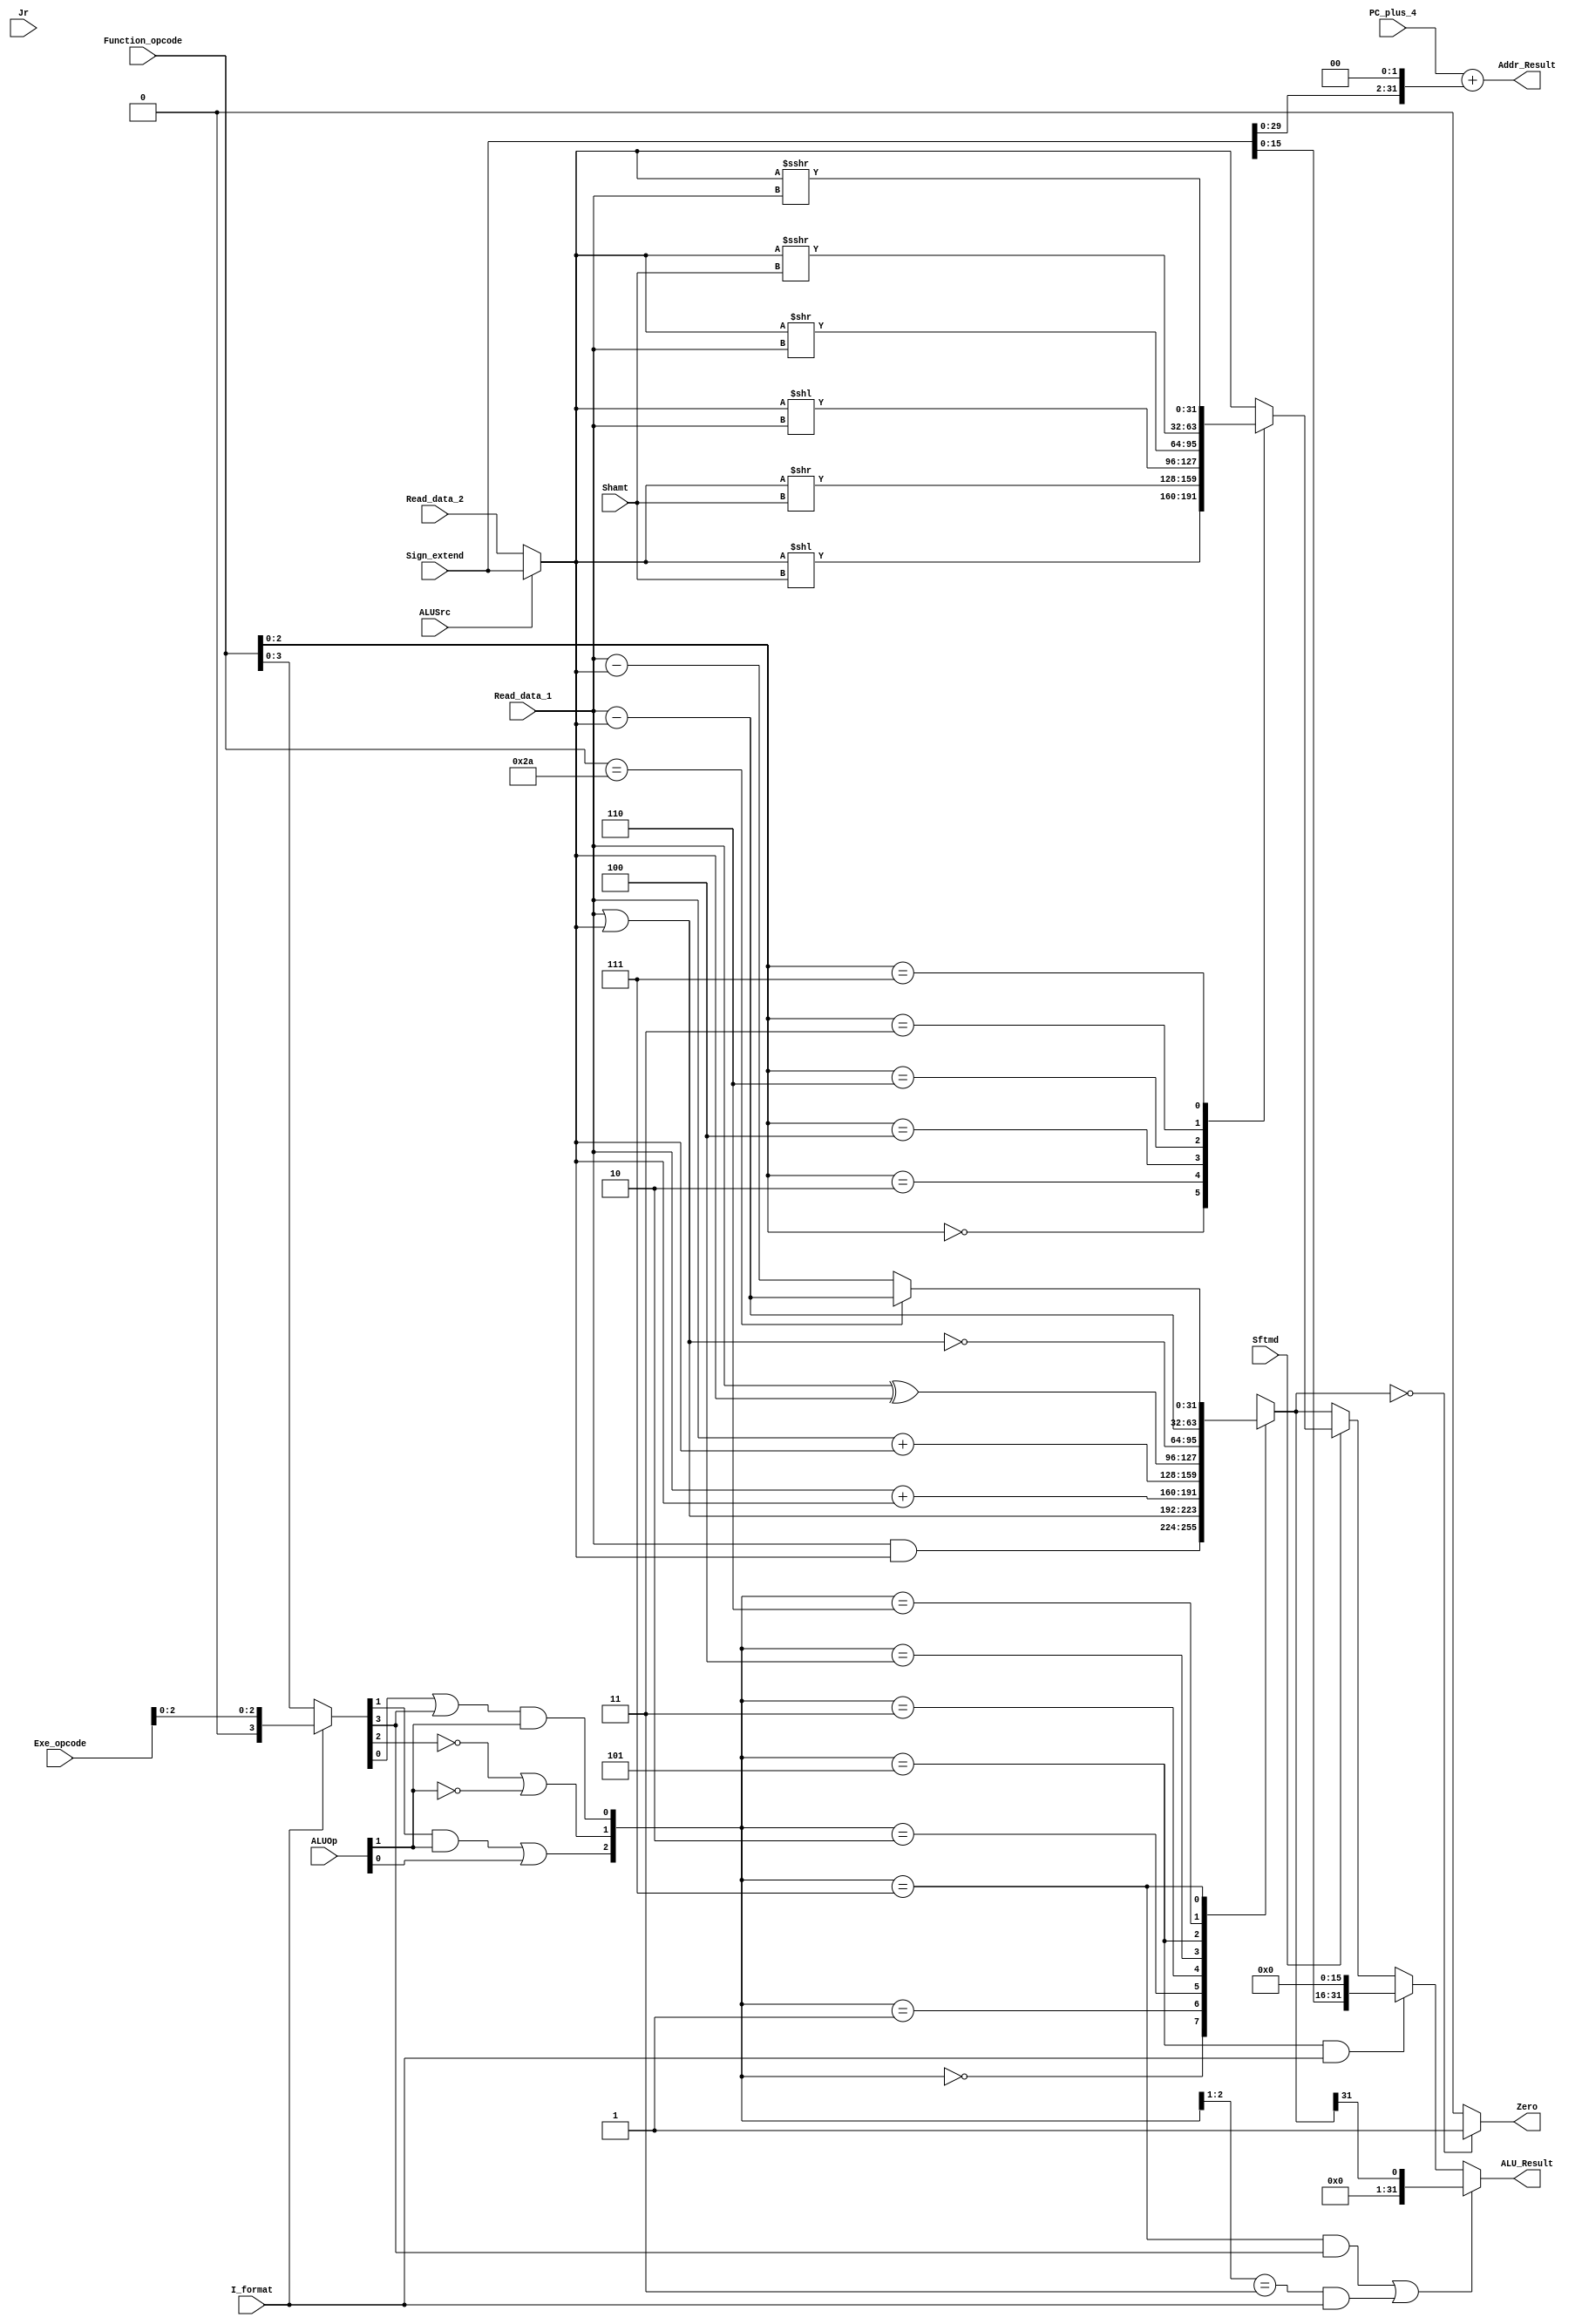
`timescale 1ns / 1ps

module executs32(Read_data_1,Read_data_2,Sign_extend,Function_opcode,Exe_opcode,ALUOp,
                 Shamt,ALUSrc,I_format,Zero,Jr,Sftmd,ALU_Result,Addr_Result,PC_plus_4
                 );
    input[31:0]  Read_data_1;		// Read_data_1
    input[31:0]  Read_data_2;		// Read_data_2
    input[31:0]  Sign_extend;		// 
    input[5:0]   Function_opcode;  	// r-,r-form instructions[5:0]
    input[5:0]   Exe_opcode;  		// 
    input[1:0]   ALUOp;             // 
    input[4:0]   Shamt;             // instruction[10:6]
    input  		 Sftmd;            // 
    input        ALUSrc;            // beqbne
    input        I_format;          // beq, bne, LW, SWI-
    input        Jr;               // JR
    output       Zero;              // 10 
    output reg [31:0] ALU_Result;        // 
    output[31:0] Addr_Result;		//         
    input[31:0]  PC_plus_4;         // PC+4

wire[31:0] Ainput,Binput; // two operands for calculation
wire[3:0] Exe_code; // use to generate ALU_ctrl. (I_format==0) ? Function_opcode : { 3'b000 , Opcode[2:0] };
wire[2:0] ALU_ctl; // the control signals which affact operation in ALU directely
wire[2:0] Sftm; // identify the types of shift instruction, equals to Function_opcode[2:0]
reg[31:0] Shift_Result; // the result of shift operation
reg[31:0] ALU_output_mux; // the result of arithmetic or logic calculation
wire[32:0] Branch_Addr; // the calculated address of the instruction, Addr_Result is Branch_Addr[31:0]


assign Ainput = Read_data_1;
assign Binput = (ALUSrc == 0) ? Read_data_2 : Sign_extend[31:0];

wire signed [31:0] s_A,s_B ;
assign s_A = Ainput;
assign s_B = Binput;

//ALUOP
//00 memory
//01 IF
//10 register

//+lw sw
assign Exe_code = (I_format==0) ? Function_opcode[3:0] :{1'b0,Exe_opcode[2:0]};
assign ALU_ctl[0] = (Exe_code[0] | Exe_code[3]) & ALUOp[1];
assign ALU_ctl[1] = ((!Exe_code[2]) | (!ALUOp[1]));
assign ALU_ctl[2] = (Exe_code[1] & ALUOp[1]) | ALUOp[0];
always @(*) begin
    case (ALU_ctl)
        3'b000: ALU_output_mux = Ainput&Binput ;//and andi
        3'b001: ALU_output_mux = Ainput|Binput;//or ori 
        3'b010: ALU_output_mux = s_A + s_B;//add addi lw sw
        3'b011: ALU_output_mux = Ainput+Binput;//addu addui
        3'b100: ALU_output_mux = Ainput^Binput;//xor xori 
        3'b101: ALU_output_mux = ~(Ainput|Binput);//nor lui  lui
        3'b110: ALU_output_mux = s_A-s_B;//sub slti beq bne
        3'b111: begin
            if(Function_opcode==6'b101010) ALU_output_mux = s_A-s_B; //slt
            else ALU_output_mux = Ainput-Binput;//subu sltiu sltu
        end  
        default: ALU_output_mux = 32'h0000_0000;
    endcase
end

assign Sftm = Function_opcode[2:0];

//
always @* begin // six types of shift instructions
if(Sftmd)
case(Sftm[2:0])
3'b000:Shift_Result = Binput << Shamt; //Sll rd,rt,shamt 00000
3'b010:Shift_Result = Binput >> Shamt; //Srl rd,rt,shamt 00010
3'b100:Shift_Result = Binput << Ainput; //Sllv rd,rt,rs 00010
3'b110:Shift_Result = Binput >> Ainput; //Srlv rd,rt,rs 00110
3'b011:Shift_Result = s_B >>> Shamt; //Sra rd,rt,shamt 00011
3'b111:Shift_Result = s_B >>> Ainput; //Srav rd,rt,rs 00111
default:Shift_Result = Binput;
endcase
else
Shift_Result = Binput;
end

//ALU_Result
always @* begin
//set type operation (slt, slti, sltu, sltiu)
if( ((ALU_ctl==3'b111) && (Exe_code[3]==1)) ||((ALU_ctl[2:1]==2'b11) && (I_format==1)) )
ALU_Result = {31'b0,ALU_output_mux[31]};
//lui operation
else if((ALU_ctl==3'b101) && (I_format==1))
ALU_Result[31:0]= {Sign_extend[15:0],16'b0};
//shift operation
else if(Sftmd==1)
ALU_Result = Shift_Result ;
//other types of operation in ALU (arithmatic or logic calculation)
else //beq bne 
ALU_Result = ALU_output_mux[31:0];
end

//beq bne
assign Zero = (ALU_output_mux == 32'b0) ? 1'b1 : 1'b0;
assign Branch_Addr = PC_plus_4+(Sign_extend<<2); // 
assign Addr_Result = Branch_Addr[31:0];


endmodule